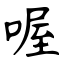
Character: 喔